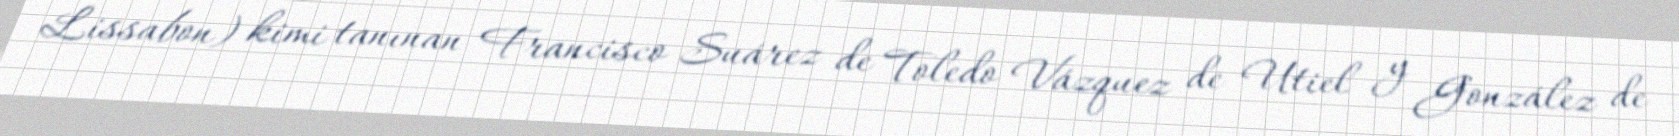
Lissabon) kimi tanınan Francisco Suárez de Toledo Vázquez de Utiel y González de